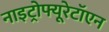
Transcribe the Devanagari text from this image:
नाइट्रोफ्यूरेटॉएन